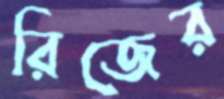
রিজের